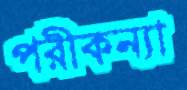
পরীকন্যা